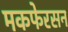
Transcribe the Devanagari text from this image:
मकफेरसन